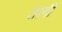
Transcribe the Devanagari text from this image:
तार्गी